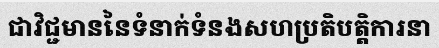
ជាវិជ្ជមាននៃទំនាក់ទំនងសហប្រតិបត្តិការនា